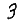
Digit: 3